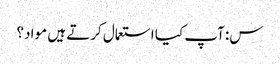
س: آپ کیا استعمال کرتے ہیں مواد؟